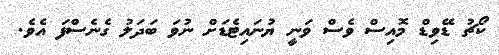
ކޯޗު ޑޭވިޑް މޮއިސް ވެސް ވަނީ ޔުނައިޓެޑަށް ނުވަ ބަދަލު ގެނެސްފަ އެވެ.